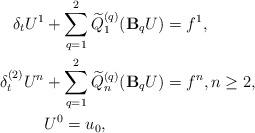
LaTeX: \begin{align*} \delta_t U^1 & + \sum\limits_{q=1}^{2}\widetilde{Q}_{1}^{(q)}(\mathbf{B}_qU) = f^{1}, \\ \delta_t^{(2)} U^n & + \sum\limits_{q=1}^{2} \widetilde{Q}_{n}^{(q)}(\mathbf{B}_qU) = f^{n}, n\geq 2, \\ & U^0=u_0, \end{align*}